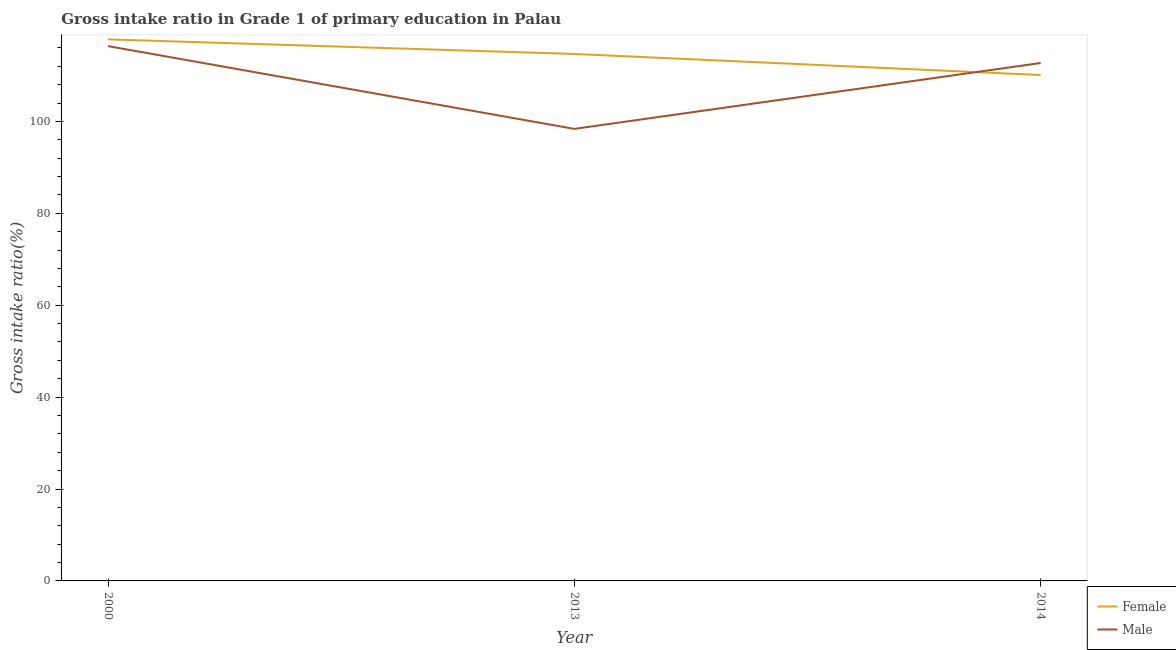
| Year | Female | Male |
 | --- | --- | --- |
 | 2000 | 118 | 116 |
 | 2013 | 115 | 98.4 |
 | 2014 | 110 | 113 |